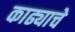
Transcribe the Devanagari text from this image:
काढ्याचे